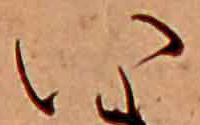
い